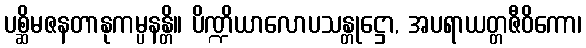
ပစ္ဆိမဇနတာနုကမ္ပနန္တိ။ ပိဏ္ဍိယာလောပသန္တုဋ္ဌော, အပရာယတ္တဇီဝိကော၊